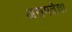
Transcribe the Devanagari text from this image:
असमतेचा